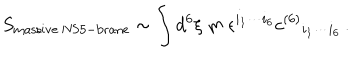
S _ { \mathrm { m a s s i v e \ N S 5 - b r a n e } } \sim \int d ^ { 6 } \xi \ m \ \epsilon ^ { i _ { 1 } \cdots i _ { 6 } } c ^ { ( 6 ) } { } _ { i _ { 1 } \cdots i _ { 6 } } \, .